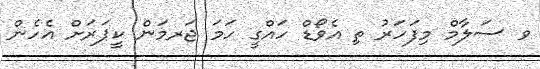
ވ ސަލާމް މިފަހަރު ތި އެވޯޑް ހައްގީ ހަމަ ޖަރމަން ކީޕަރަށް އެހެން